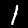
Label: 1